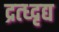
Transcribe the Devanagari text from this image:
द्रत्ध्दृद्य